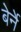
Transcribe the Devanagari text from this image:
बेर्ने